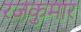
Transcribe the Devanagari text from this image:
रजकुमार